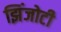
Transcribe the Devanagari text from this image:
झिंजोटी